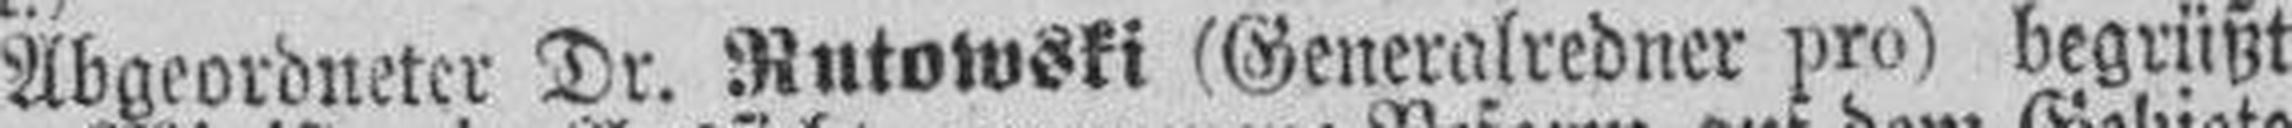
Abgeordneter Dr. Rutowski (Generalredner pro) begrüßt